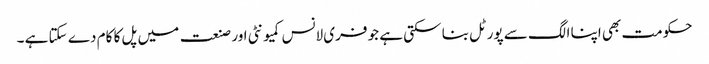
حکومت بھی اپنا الگ سے پورٹل بنا سکتی ہے جو فری لانس کمیونٹی اور صنعت میں پل کا کام دے سکتا ہے ۔